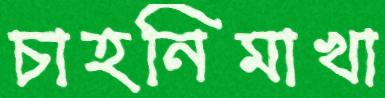
চাহনিমাখা